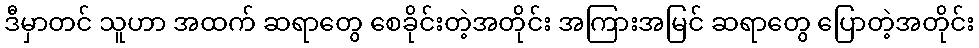
ဒီမှာတင် သူဟာ အထက် ဆရာတွေ စေခိုင်းတဲ့အတိုင်း အကြားအမြင် ဆရာတွေ ပြောတဲ့အတိုင်း